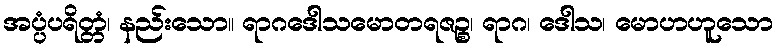
အပ္ပံပရိတ္တံ၊ နည်းသော။ ရာဂဒေါသမောတရဇဉ္စ၊ ရာဂ၊ ဒေါသ၊ မောဟဟူသော